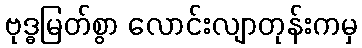
ဗုဒ္ဓမြတ်စွာ လောင်းလျာတုန်းကမှ